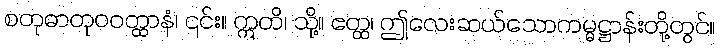
စတုဓာတုဝဝတ္ထာနံ၊ ၎င်း။ ဣတိ၊ သို့။ ဧတ္ထ၊ ဤလေးဆယ်သောကမ္မဋ္ဌာန်းတို့တွင်။